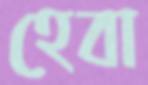
হেবা